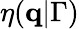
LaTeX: \eta(\mathbf{q}|\Gamma)